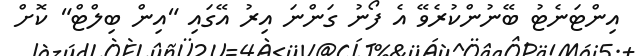
އިންޓަނެޓު ބޭނުންކުރެވޭ އެ ފޯނު ގަންނަ އިރު އޭގައި "އިން ބިލްޓް" ކޮށް